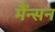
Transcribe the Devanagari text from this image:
मैंन्सन